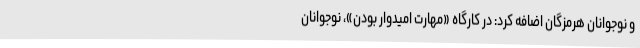
و نوجوانان هرمزگان اضافه کرد: در کارگاه «مهارت امیدوار بودن»، نوجوانان